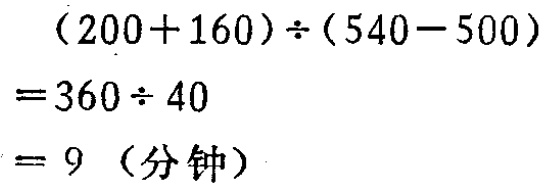
\((200 + 160)\div(540 - 500)=360\div40 = 9\)（分钟）